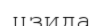
цзида